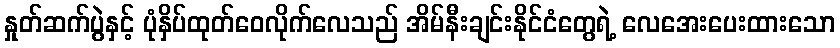
နှုတ်ဆက်ပွဲနှင့် ပုံနှိပ်ထုတ်ဝေလိုက်လေသည် အိမ်နီးချင်းနိုင်ငံတွေရဲ့ လေအေးပေးထားသော